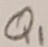
Text: Q1